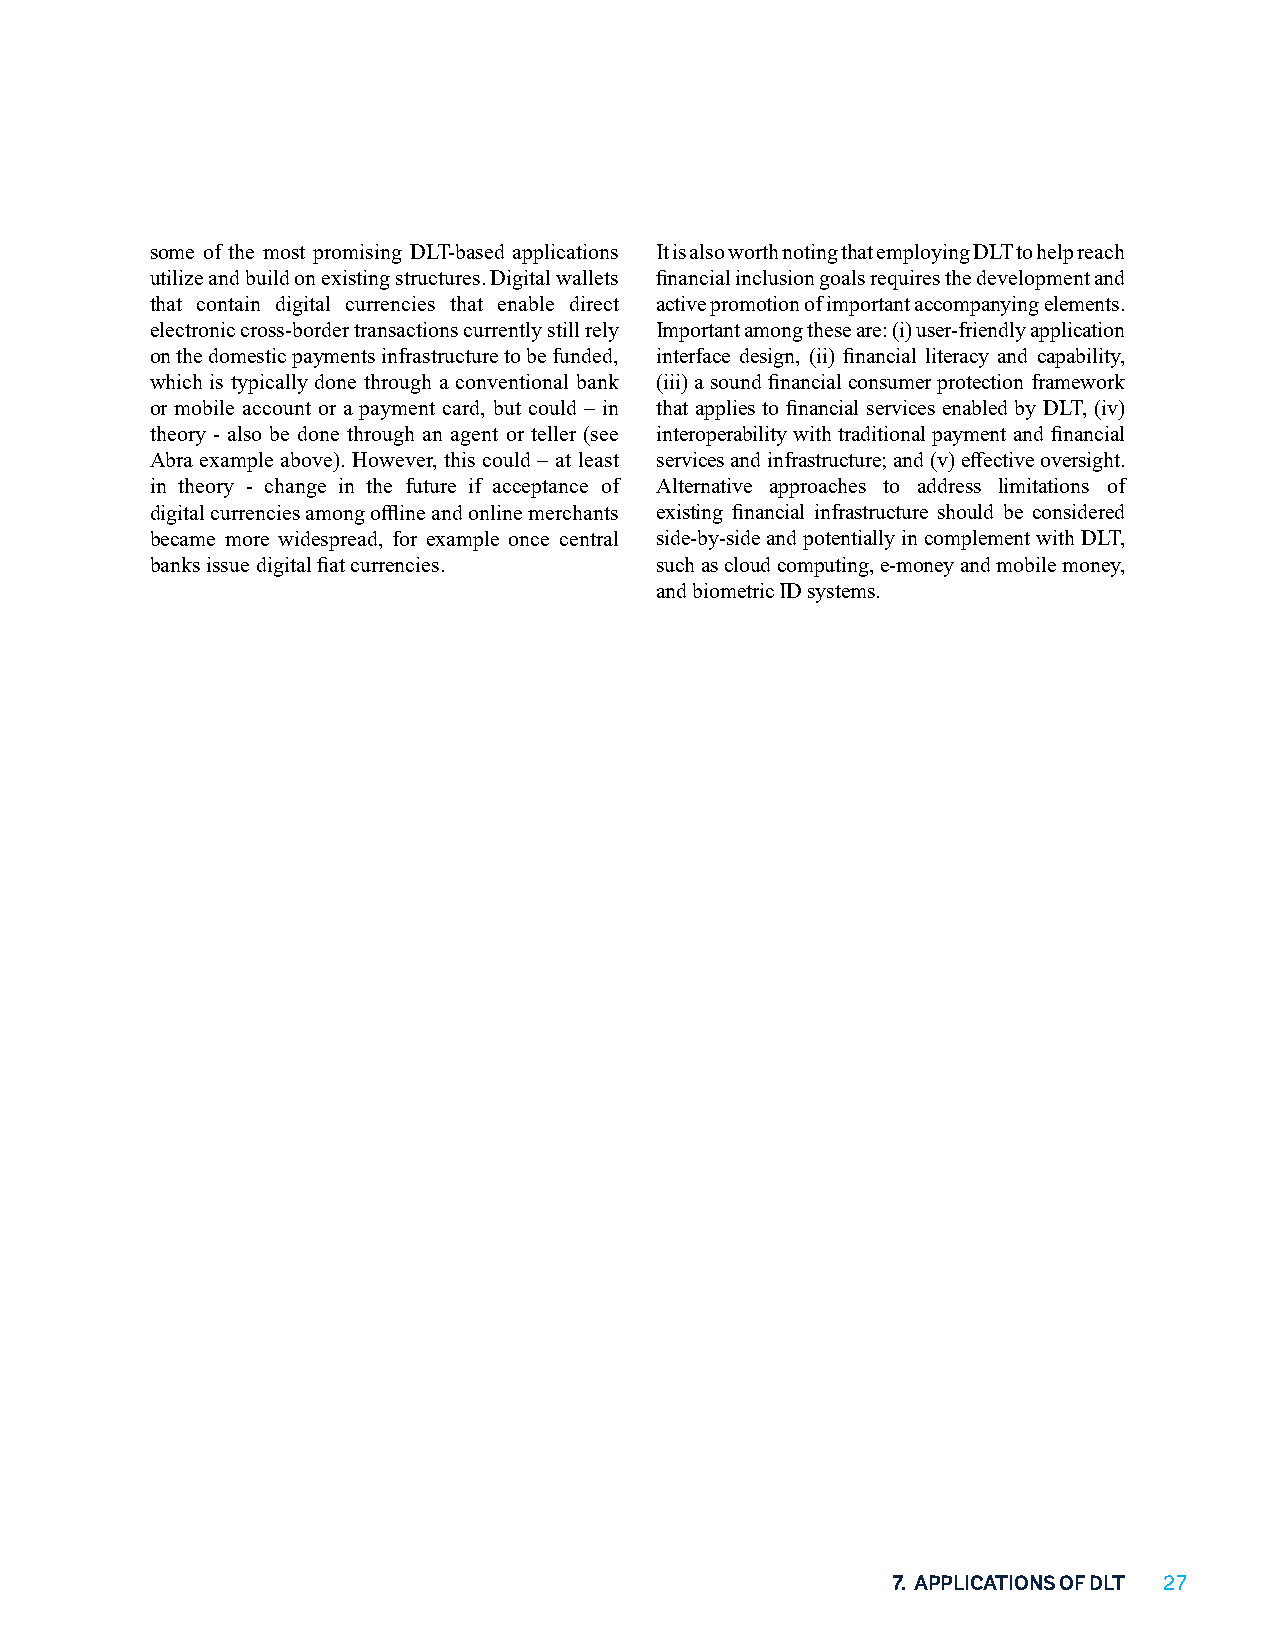
some of the most promising DLT-based applications It is also worth noting that employing DLT to help reach
 utilize and build on existing structures. Digital wallets financial inclusion goals requires the development and
 that contain digital currencies that enable direct active promotion of important accompanying elements.
 electronic cross-border transactions currently still rely Important among these are: (i) user-friendly application
 on the domestic payments infrastructure to be funded, interface design, (ii) financial literacy and capability,
 which is typically done through a conventional bank (iii) a sound financial consumer protection framework
 or mobile account or a payment card, but could – in that applies to financial services enabled by DLT, (iv)
 theory - also be done through an agent or teller (see interoperability with traditional payment and financial
 Abra example above). However, this could – at least services and infrastructure; and (v) effective oversight.
 in theory - change in the future if acceptance of Alternative approaches to address limitations of
 digital currencies among offline and online merchants existing financial infrastructure should be considered
 became more widespread, for example once central side-by-side and potentially in complement with DLT,
 banks issue digital fiat currencies. such as cloud computing, e-money and mobile money,
 and biometric ID systems.
 7. APPLICATIONS OF DLT 27